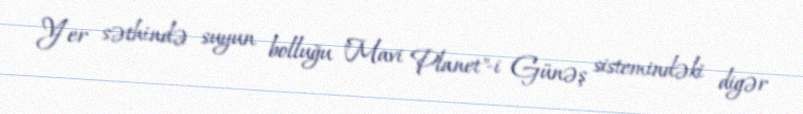
Yer səthində suyun bolluğu "Mavi Planet"-i Günəş sistemindəki digər